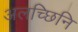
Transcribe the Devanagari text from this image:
अलच्छिनि